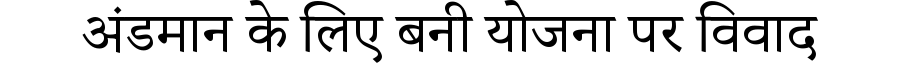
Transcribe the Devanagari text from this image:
अंडमान के लिए बनी योजना पर विवाद